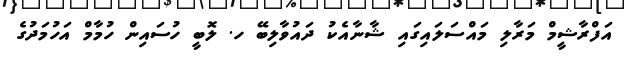
އަފްރާޝީމް މަރާލި މައްސަލައިގައި ޝާނާއެކު ދައުވާލިބޭ ހ. ލޮބީ ހުސައިން ހުމާމް އަހުމަދުގެ